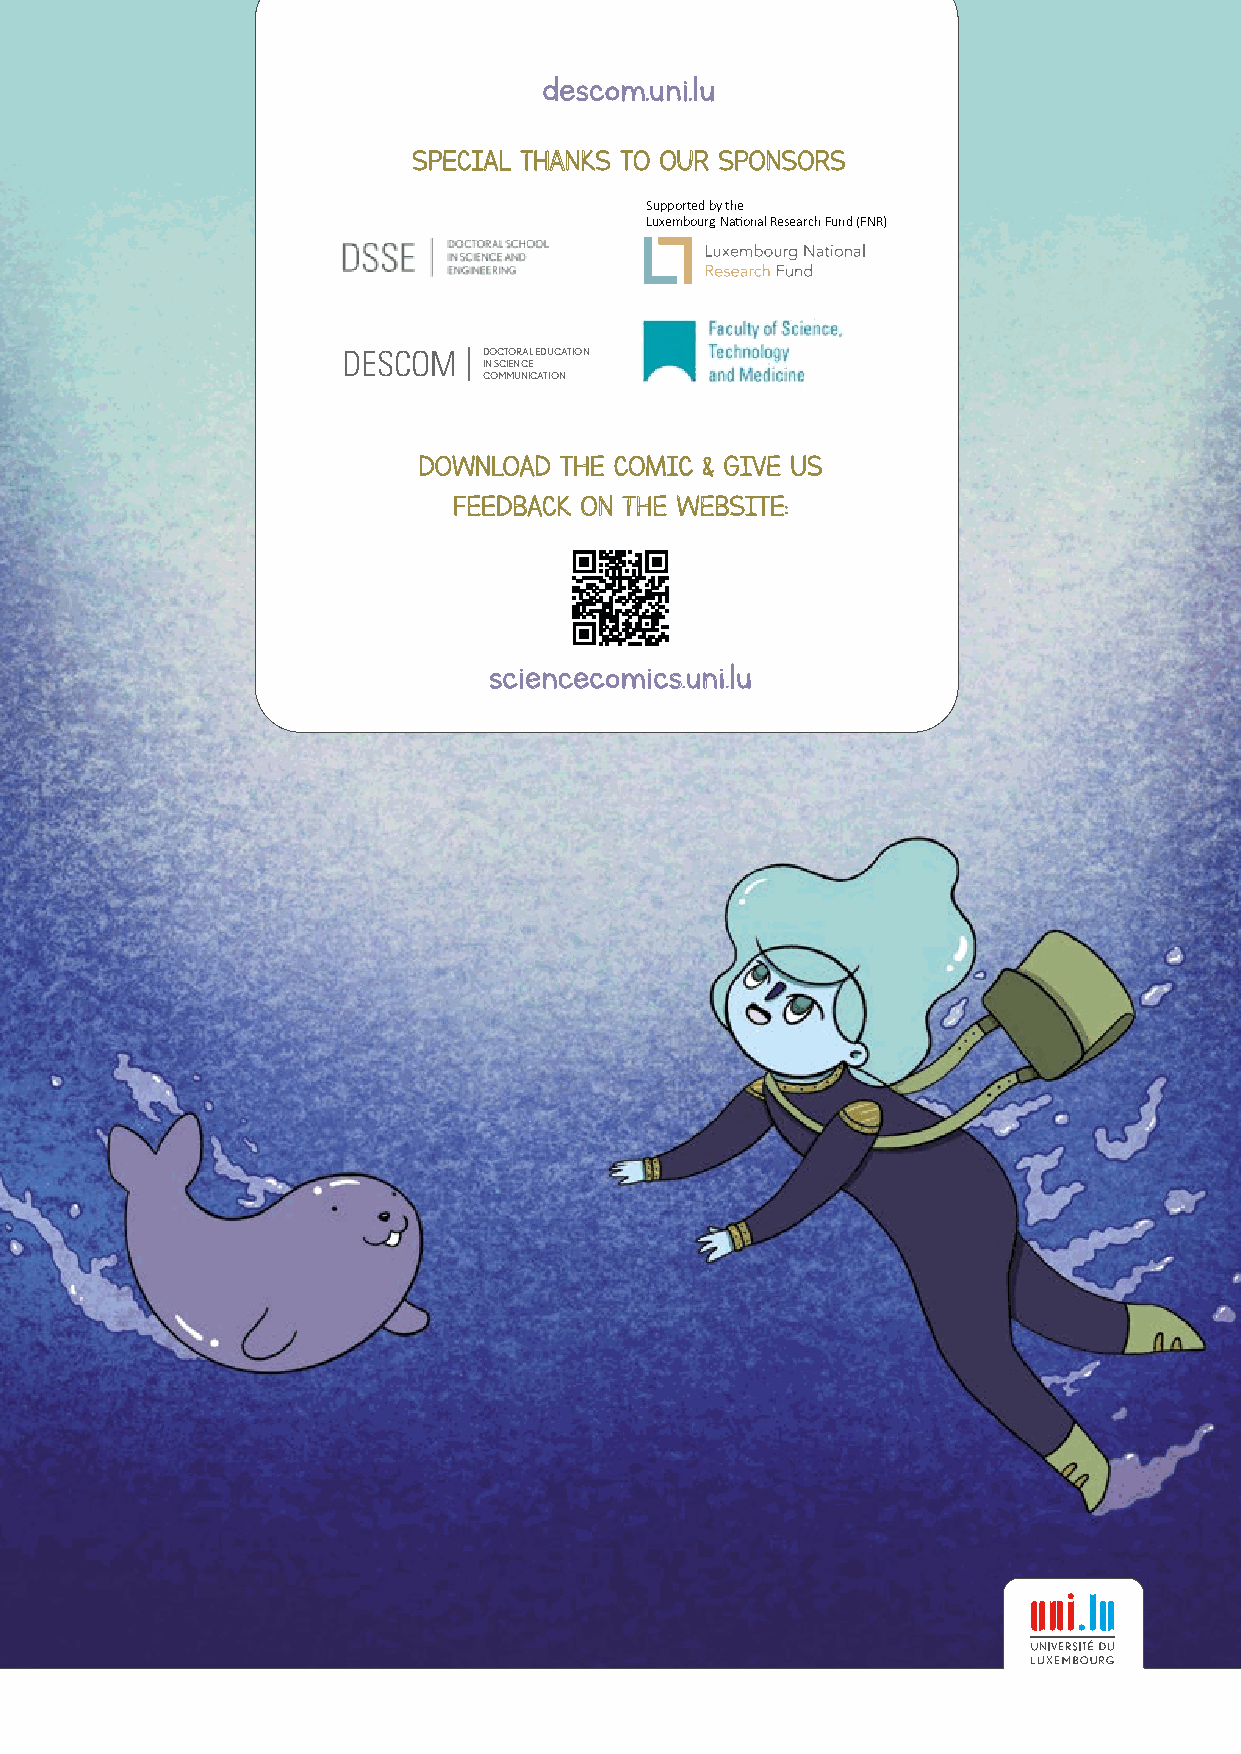
ddeessccoomm..uunnii..lluu
 SSPPEECCIIAALL TTHHAANNKKSS TTOO OOUURR SSPPOONNSSOORRSS
 Supported by the
 Luxembourg National Research Fund (FNR)
 DESCOM   DOCTORAL EDUCATION
 IN SCIENCE
 COMMUNICATION
 DDOOWWNNLLOOAADD TTHHEE CCOOMMIICC && GGIIVVEE UUSS
 FFEEEEDDBBAACCKK OONN TTHHEE WWEEBBSSIITTEE::
 sscciieenncceeccoommiiccss..uunnii..lluu